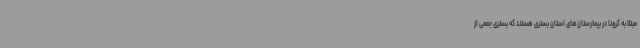
مبتلا به کرونا در بیمارستان‌های استان بستری هستند که بستری جمعی از